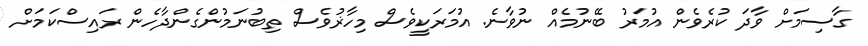
ގާސިމަށް ވާދަ ކުރެވެން އުމަރު ބޭނުމެއް ނުވާނެ. އުމަރަކީވެސް މިހާޜުވެސް ތިބުނަމުންގެންދާހެން ރައިސްކަމަށް